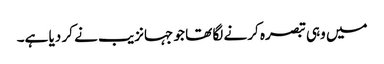
میں وہی تبصرہ کرنے لگا تھا جو جہانزیب نے کر دیا ہے۔